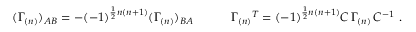
( \Gamma _ { ( n ) } ) _ { A B } = - ( - 1 ) ^ { \frac { 1 } { 2 } n ( n + 1 ) } ( \Gamma _ { ( n ) } ) _ { B A } \qquad \quad \Gamma _ { ( n ) } { } ^ { T } = ( - 1 ) ^ { \frac { 1 } { 2 } n ( n + 1 ) } C \, \Gamma _ { ( n ) } \, C ^ { - 1 } \ .